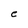
Character: e